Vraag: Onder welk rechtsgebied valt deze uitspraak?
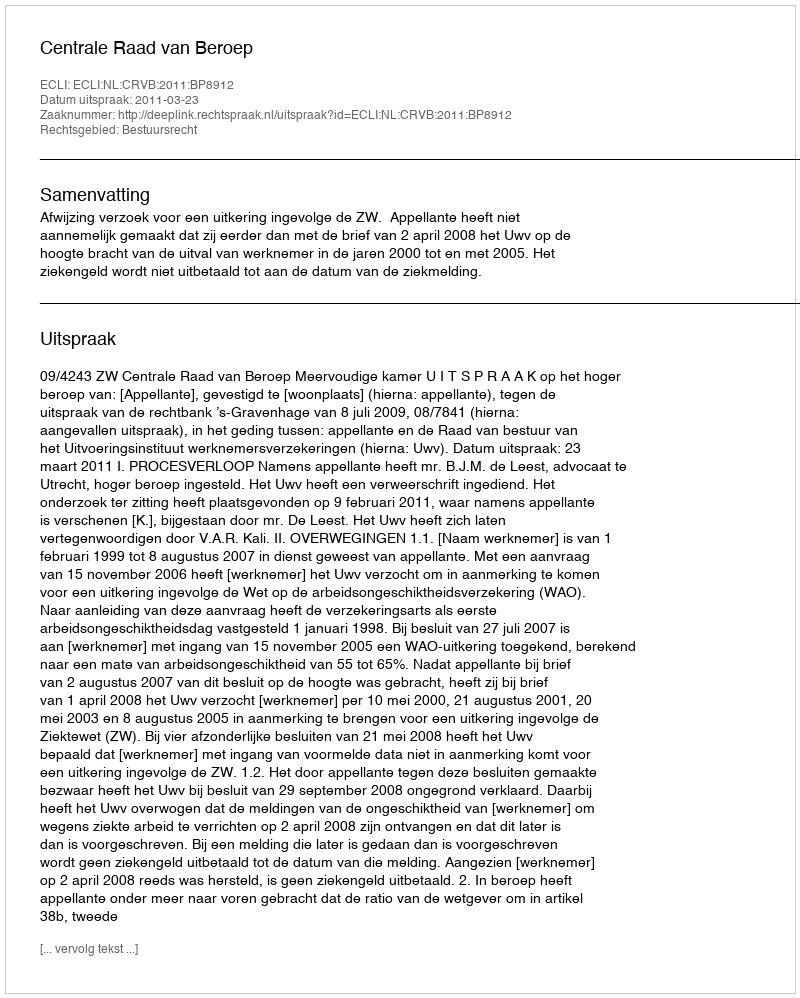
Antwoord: Bestuursrecht